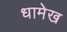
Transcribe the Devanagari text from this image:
धामेख